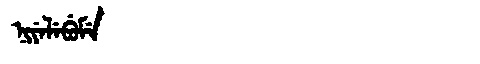
Manchu: ᠨᡳᠶᡝᠯᡝᠪᡠᠮᡝ
Romanization: NIYELEBUME